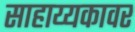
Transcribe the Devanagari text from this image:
साहाय्यकावर